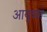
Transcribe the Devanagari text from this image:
आयुध्या